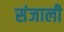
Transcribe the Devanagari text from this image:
संजाली